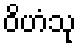
ဝိဟံသု